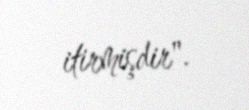
itirmişdir".